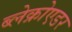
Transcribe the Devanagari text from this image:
ब्लेक्रोएडर